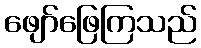
ဖျော်ဖြေကြသည်